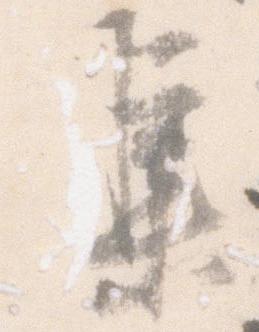
集